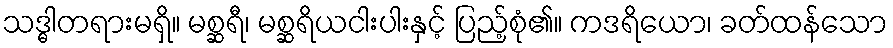
သဒ္ဓါတရားမရှိ။ မစ္ဆရီ၊ မစ္ဆရိယငါးပါးနှင့် ပြည့်စုံ၏။ ကဒရိယော၊ ခတ်ထန်သော